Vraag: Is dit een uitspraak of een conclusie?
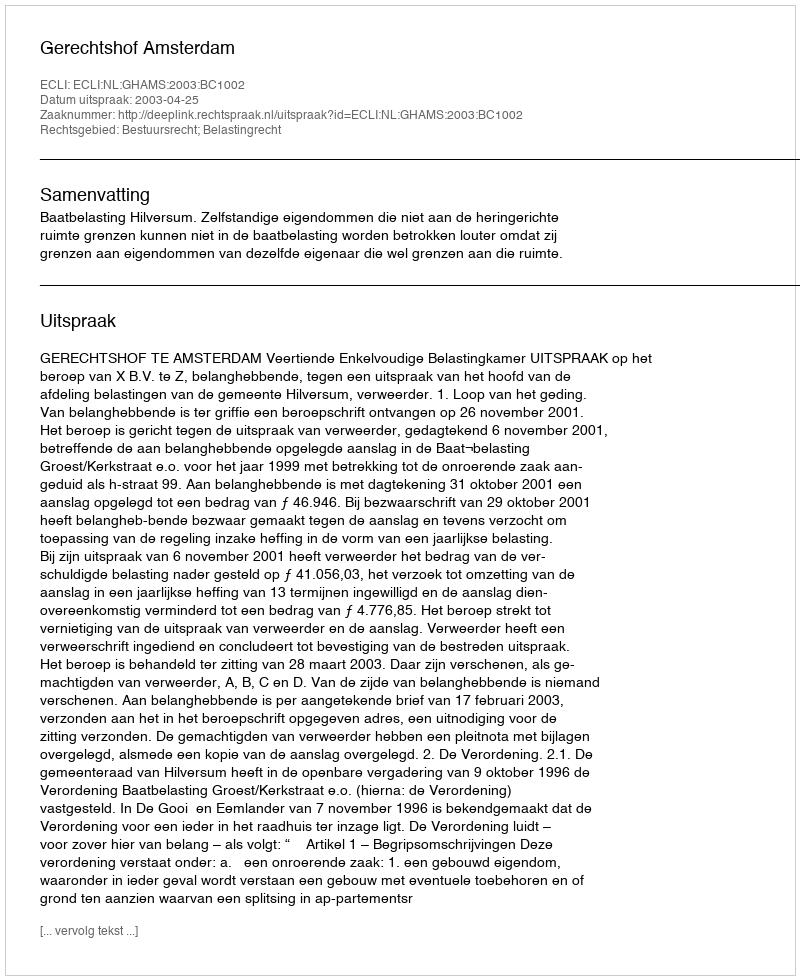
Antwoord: Uitspraak